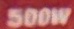
500W